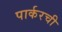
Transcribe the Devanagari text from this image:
पार्करची